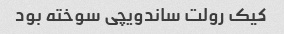
کیک رولت ساندویچی سوخته بود